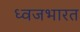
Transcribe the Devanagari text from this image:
ध्वजभारत